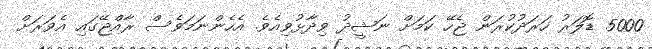
5000 ޑޮލަރު ހަރަދުކުރަން ޖެހޭ ކަމަށް ނަޝީދު ވިދާޅުވިއެވެ. އެހެންނަމަވެސް ރާއްޖޭގައި އެވަރަށް